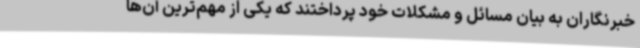
خبرنگاران به بیان مسائل و مشکلات خود پرداختند که یکی از مهم‌ترین آن‌ها